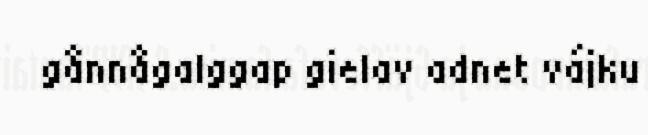
gånnågalggap gielav adnet vájku